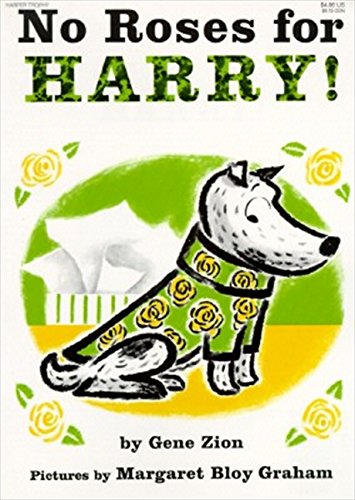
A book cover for No Roses for Harry!; Gene Zion; Children's Books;